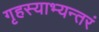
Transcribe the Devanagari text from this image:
गृहस्याभ्यन्तरं